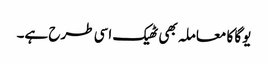
یوگا کا معاملہ بھی ٹھیک اسی طرح ہے۔